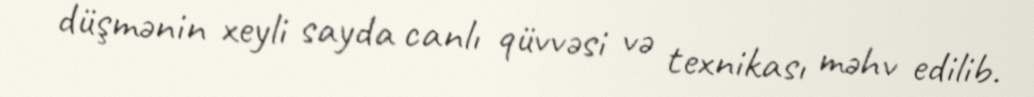
düşmənin xeyli sayda canlı qüvvəsi və texnikası məhv edilib.